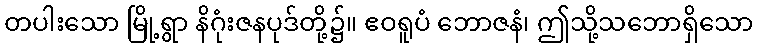
တပါးသော မြို့ရွာ နိဂုံးဇနပုဒ်တို့၌။ ဧဝရူပံ ဘောဇနံ၊ ဤသို့သဘောရှိသော